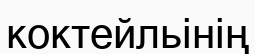
коктейльінің